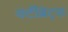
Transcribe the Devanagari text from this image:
वर्टीब्रेट्स